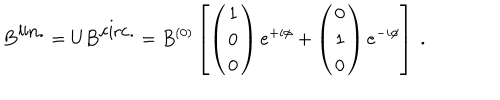
{ \bf B } ^ { \mathrm { l i n . } } = U { \bf B } ^ { \mathrm { c i r c . } } = B ^ { ( 0 ) } \left[ \left( \begin{matrix} { { 1 } } \\ { { 0 } } \\ { { 0 } } \\ \end{matrix} \right) e ^ { + i \phi } + \left( \begin{matrix} { { 0 } } \\ { { 1 } } \\ { { 0 } } \\ \end{matrix} \right) e ^ { - i \phi } \right] \ .